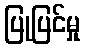
ပြုပြင်မှု